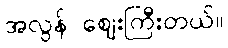
အလွန် ဈေးကြီးတယ်။